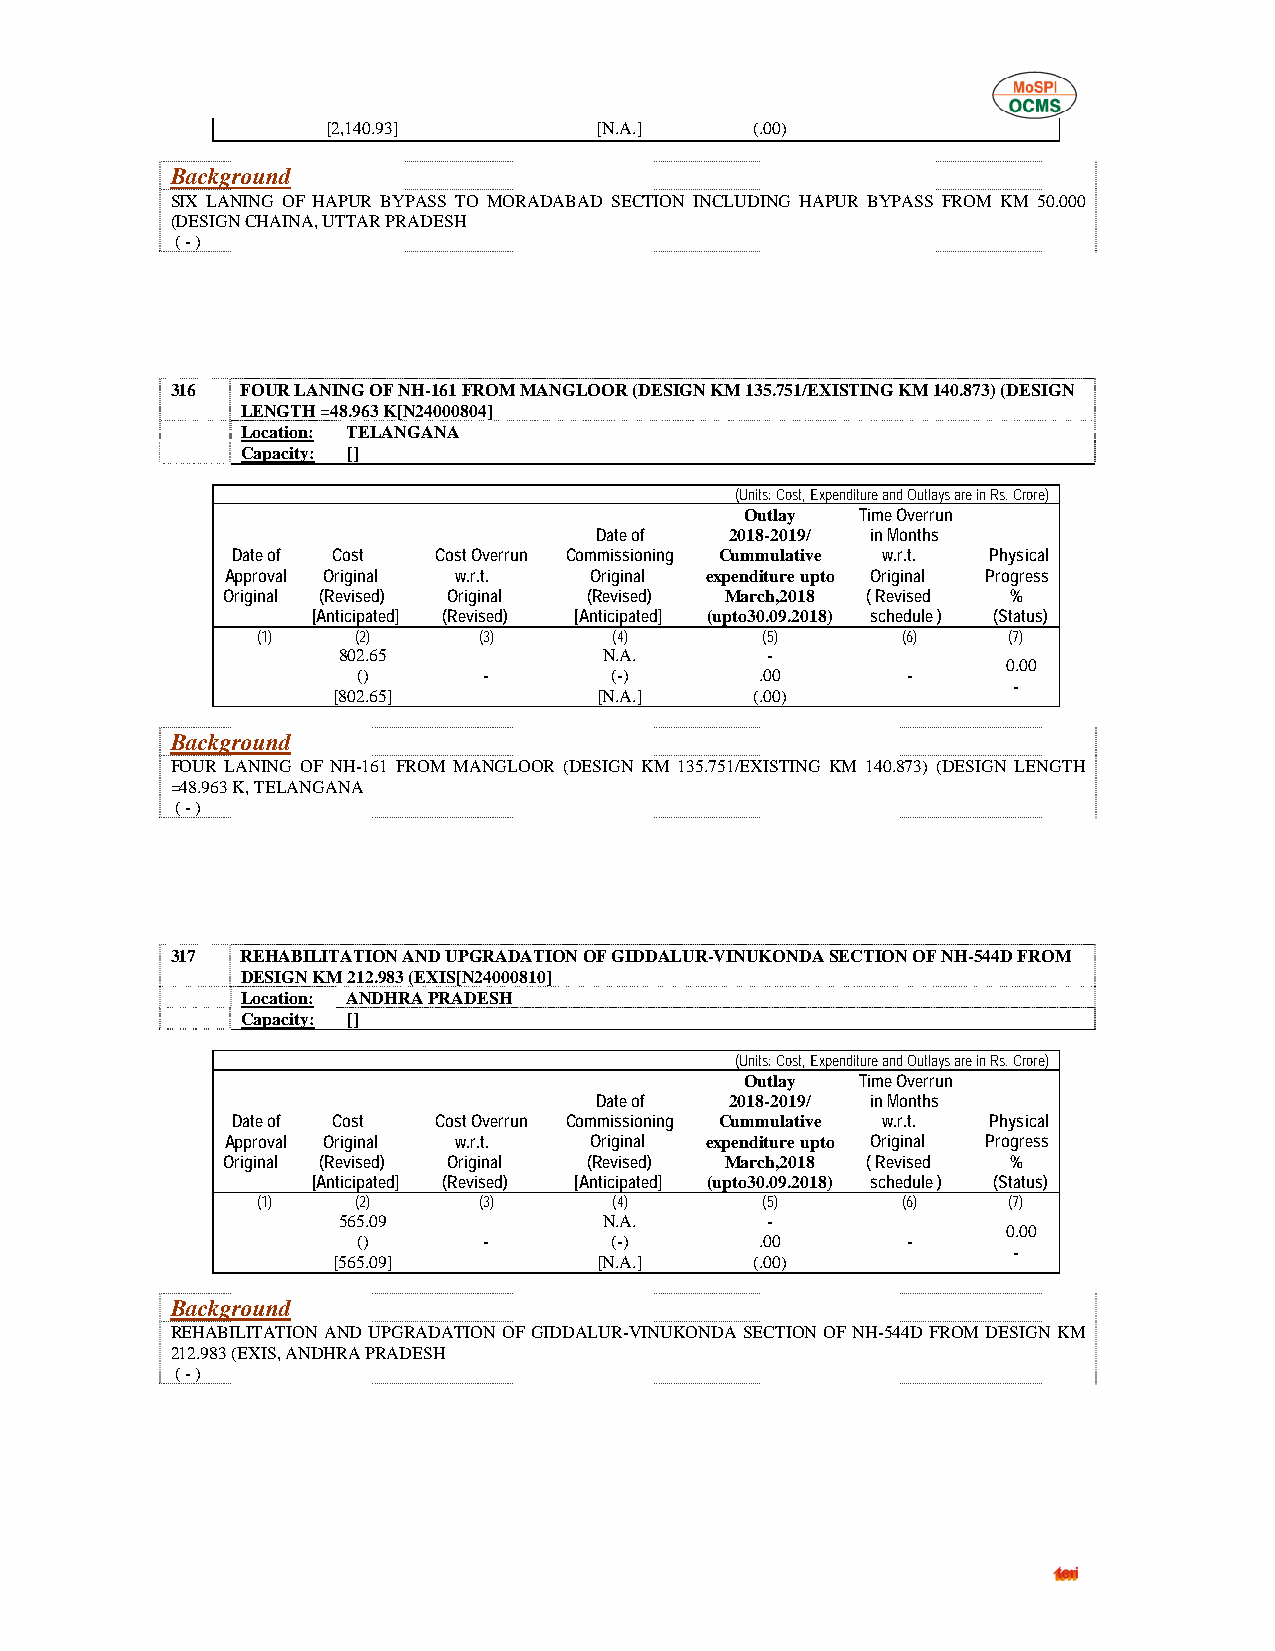
[2,140.93]        [N.A.]    (.00)
 Background
 SIX LANING OF HAPUR BYPASS TO MORADABAD SECTION INCLUDING HAPUR BYPASS FROM KM 50.000
 (DESIGN CHAINA, UTTAR PRADESH
 ( - )
 316  FOUR LANING OF NH-161 FROM MANGLOOR (DESIGN KM 135.751/EXISTING KM 140.873) (DESIGN
 LENGTH =48.963 K[N24000804]
 Location: TELANGANA
 Capacity: []
 (Units: Cost, Expenditure and Outlays are in Rs. Crore)
 Outlay  Time Overrun
 Date of  2018-2019/ in Months
 Date of Cost  Cost Overrun Commissioning Cummulative w.r.t. Physical
 Approval Original w.r.t. Original expenditure upto Original Progress
 Original (Revised) Original (Revised) March,2018 ( Revised %
 [Anticipated] (Revised) [Anticipated] (upto30.09.2018) schedule ) (Status)
 (1)    (2)     (3)      (4)      (5)       (6)    (7)
 802.65            N.A.       -
 0.00
 ()      -       (-)       .00       -
 -
 [802.65]          [N.A.]    (.00)
 Background
 FOUR LANING OF NH-161 FROM MANGLOOR (DESIGN KM 135.751/EXISTING KM 140.873) (DESIGN LENGTH
 =48.963 K, TELANGANA
 ( - )
 317  REHABILITATION AND UPGRADATION OF GIDDALUR-VINUKONDA SECTION OF NH-544D FROM
 DESIGN KM 212.983 (EXIS[N24000810]
 Location: ANDHRA PRADESH
 Capacity: []
 (Units: Cost, Expenditure and Outlays are in Rs. Crore)
 Outlay  Time Overrun
 Date of  2018-2019/ in Months
 Date of Cost  Cost Overrun Commissioning Cummulative w.r.t. Physical
 Approval Original w.r.t. Original expenditure upto Original Progress
 Original (Revised) Original (Revised) March,2018 ( Revised %
 [Anticipated] (Revised) [Anticipated] (upto30.09.2018) schedule ) (Status)
 (1)    (2)     (3)      (4)      (5)       (6)    (7)
 565.09            N.A.       -
 0.00
 ()      -       (-)       .00       -
 -
 [565.09]          [N.A.]    (.00)
 Background
 REHABILITATION AND UPGRADATION OF GIDDALUR-VINUKONDA SECTION OF NH-544D FROM DESIGN KM
 212.983 (EXIS, ANDHRA PRADESH
 ( - )